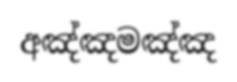
අඤ්ඤමඤ්ඤ